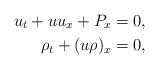
\begin{align*} u_t+uu_{x}+P_x&=0,\\\rho_t+(u\rho)_x& =0,\end{align*}